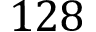
1 2 8